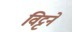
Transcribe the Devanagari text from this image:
विट्टने